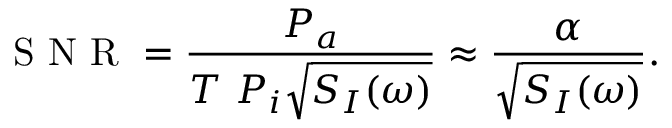
\mathrm { ~ S ~ N ~ R ~ } = \frac { P _ { a } } { T \ P _ { i } \sqrt { S _ { I } ( \omega ) } } \approx \frac { \alpha } { \sqrt { S _ { I } ( \omega ) } } .